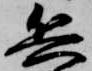
兵